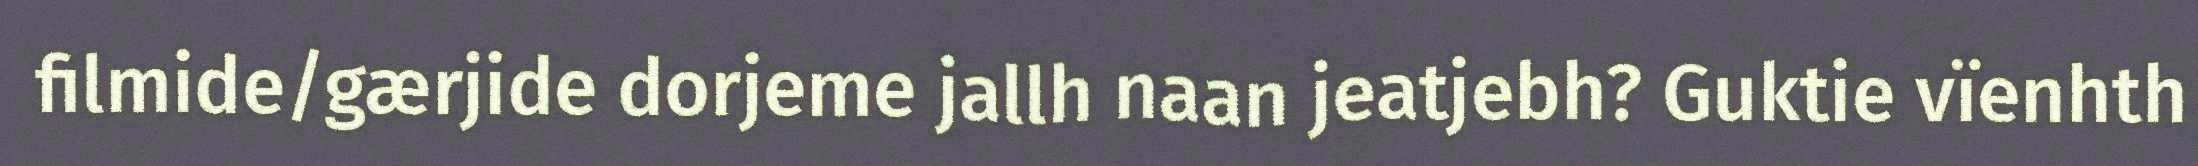
filmide/gærjide dorjeme jallh naan jeatjebh? Guktie vïenhth